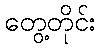
တွေ့တိုင်း